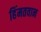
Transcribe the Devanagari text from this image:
हिंमतवान